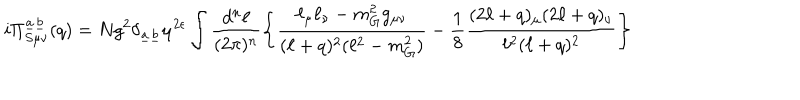
i \Pi _ { S \mu \nu } ^ { \underline { { { a } } } \underline { { { b } } } } ( q ) = N g ^ { 2 } \delta _ { \underline { { { a } } } \underline { { { b } } } } \mu ^ { 2 \epsilon } \int \frac { d ^ { n } \ell } { ( 2 \pi ) ^ { n } } \left\{ \frac { \ell _ { \mu } \ell _ { \nu } - m _ { G } ^ { 2 } g _ { \mu \nu } } { ( \ell + q ) ^ { 2 } ( \ell ^ { 2 } - m _ { G } ^ { 2 } ) } - \frac { 1 } { 8 } \frac { ( 2 \ell + q ) _ { \mu } ( 2 \ell + q ) _ { \nu } } { \ell ^ { 2 } ( \ell + q ) ^ { 2 } } \right\}